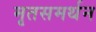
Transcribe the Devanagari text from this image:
मृतसमर्थन